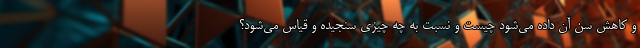
و کاهش سن آن داده می‌شود چیست و نسبت به چه چیزی سنجیده و قیاس می‌شود؟